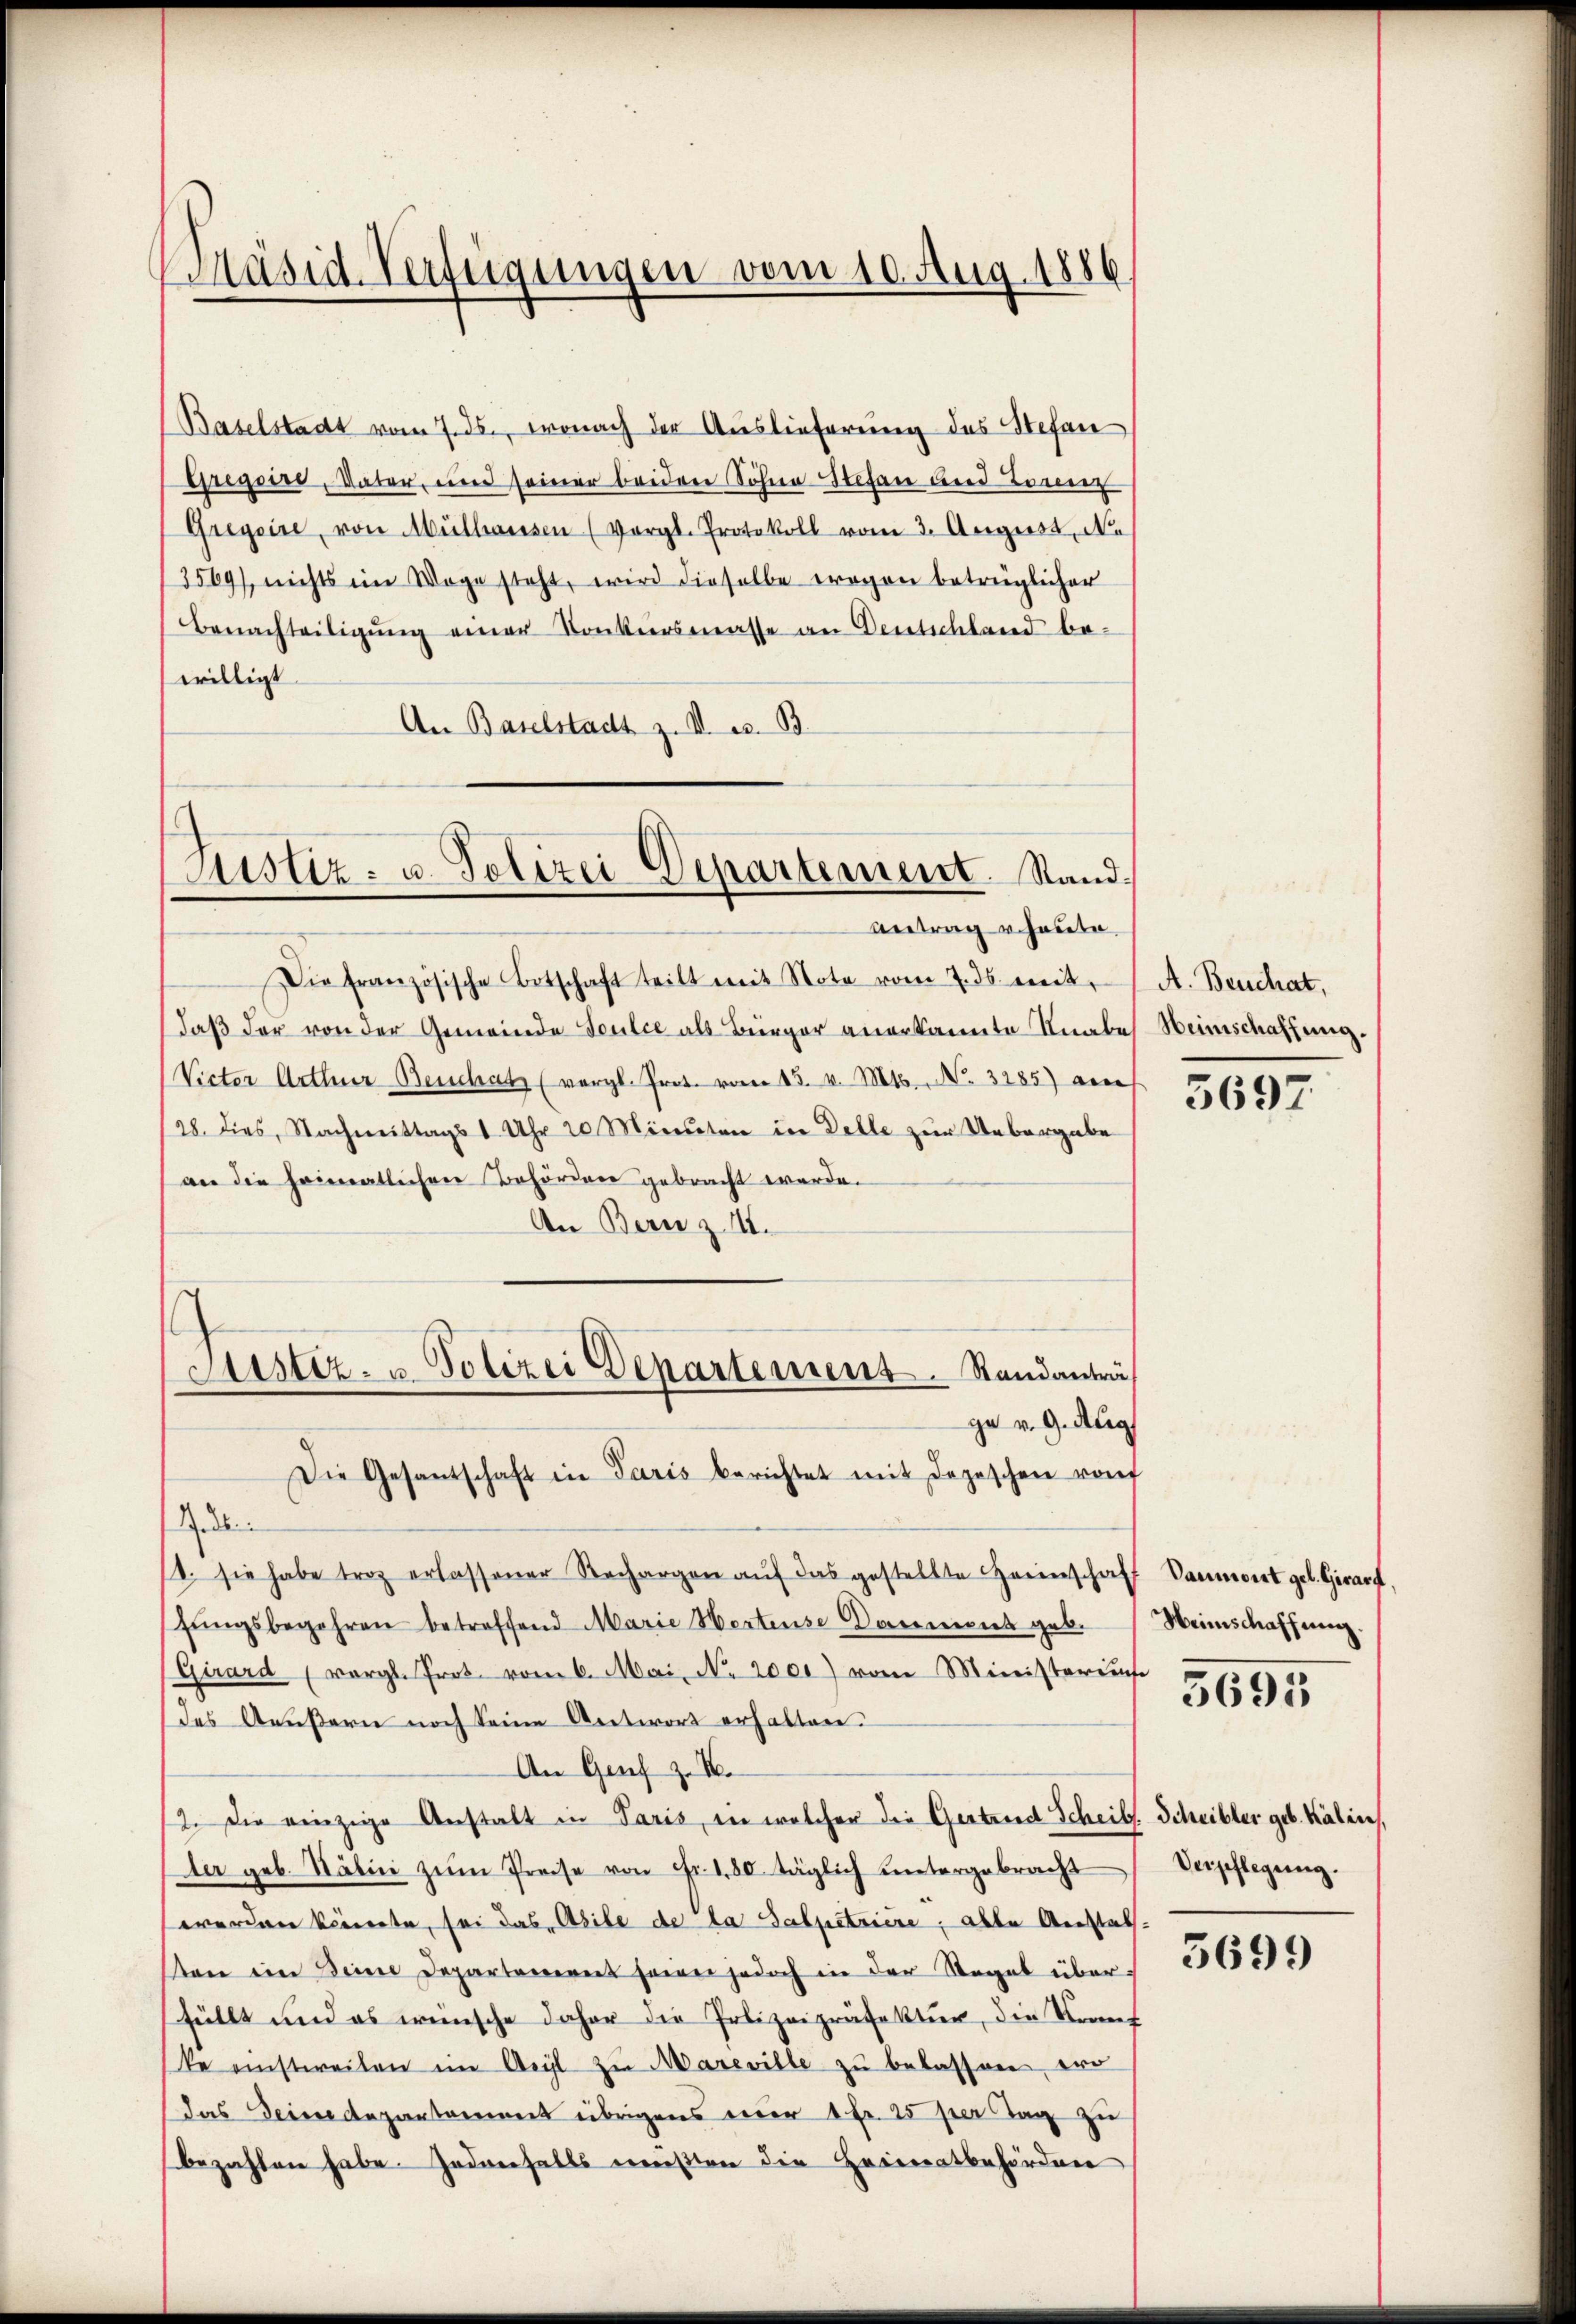
(Baselstadt vom 7. ds., wonach der Auslieferung des Stefan
Gregoire, Vater, und seiner beider Söhne Stefan und Lorenz
Gregoire, von Mülhausen (Vergl. Protokoll vom 3. August, Ne
3569), nichts im Wege steht, wird dieselbe tragen betrüglicher
Benachteiligŭng einer Konkursmasse an Deutschland be-
willigt.
An Baselstadt z. I. e. B

äsid-Verfügungen vom 10. Aug. 1886,

Justiz- u. Polizei Departement. Stand¬
Antrag u. heute.

Die französische Botschaft teilt mit Note vom 7. ds. weit
daß der von der Gemeinde Sculce als Bürger anerkannte Knabe Weinschaffung.
(Vieter Arthur Beuchatz (vergl. Prot. vom 15. v. Mts. No. 3285) au
(28. dies, Nachmittags 1 Uhr 20 Minuten in Delle zur Uebergabe
an die heimatlichen Behördeer gebracht werde.
An Bern z. 11.
ge v. 9. Aug
Gedli
1. sie habe troz erlassener Rechargen aŭf das gestellte Heimschaf
fŭngsbegehren betreffend Marie Hertense Daument geb.
(Girard (vergl. Prot. vom 6. Mai, No. 2000) vom Ministerius
des Aeußern noch seine Antwort erhalten.
An Genf z. B.
2. Die einzige Anstalt in Paris, in welcher die Gertrud Scheib. Scheibler geb. Kalen,
der geb. Stälin zŭm Preise von Fr. 180 täglich untergebracht
werden könnte, sei das Abile de la Salpetriere, alle Anstal
sten im Deine Departement seiner jedoch in der Regel über
füllt und es wünsche daher die Polizeipräfektur, die Verf
ke einstweilen im Asyl zŭ Mareville zŭ belassen, wo
das Deine Departement übrigens nur 1 Fr. 25 per Tag zu
bezahlen habe. Jedenfalls erweisten die Heimatbehörden

Justiz- u. Polizei Departement. Standanträf
Die Gesantschaft in Paris berichtet mit depeschen rof

A. Beuchat,

5697

Daumeist gel. Girard,
Weinschaffnung.

5695

Verpflegung.

5699